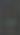
-